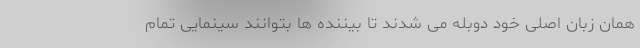
همان زبان اصلی خود دوبله می شدند تا بیننده ها بتوانند سینمایی تمام